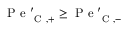
\mathrm { ~ P ~ e ~ } _ { \mathrm { ~ C ~ } , + } ^ { \prime } \geq \mathrm { ~ P ~ e ~ } _ { \mathrm { ~ C ~ } , - } ^ { \prime }